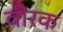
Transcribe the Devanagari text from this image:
वीरक